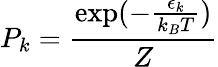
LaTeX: P_{k}=\frac{\exp(-\frac{\epsilon_{k}}{k_{B}T})}{Z}